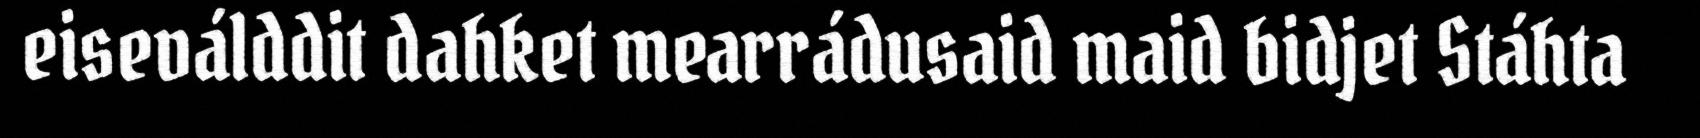
eiseválddit dahket mearrádusaid maid bidjet Stáhta